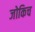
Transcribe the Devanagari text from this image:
जोकिच